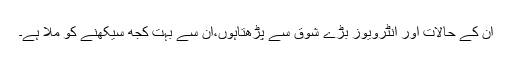
ان کے حالات اور انٹرویوز بڑے شوق سے پڑھتاہوں،ان سے بہت کجھ سیکھنے کو ملا ہے۔